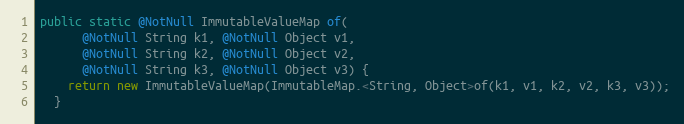
Language: Java
public static @NotNull ImmutableValueMap of(
      @NotNull String k1, @NotNull Object v1,
      @NotNull String k2, @NotNull Object v2,
      @NotNull String k3, @NotNull Object v3) {
    return new ImmutableValueMap(ImmutableMap.<String, Object>of(k1, v1, k2, v2, k3, v3));
  }